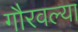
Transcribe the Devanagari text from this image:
गौरवल्या